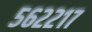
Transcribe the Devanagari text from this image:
५६२२१७